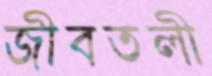
জীবতলী